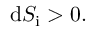
\mathrm { d } S _ { \mathrm { i } } > 0 .